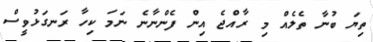
ތިޔަ ބުނާ ތެލެއް މި ރާއްޖެ އިން ފެންނާނެ ނަމަ ކިހާ ރަނގަޅުވީސް